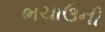
ભચાઉની